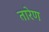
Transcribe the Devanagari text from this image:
तारेण